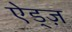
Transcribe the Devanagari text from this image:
ऐड्ज़